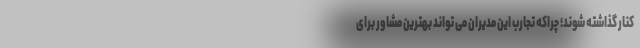
کنار گذاشته شوند؛ چراکه تجارب این مدیران می تواند بهترین مشاور برای